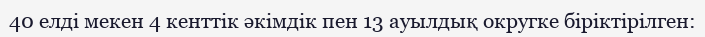
40 елді мекен 4 кенттік әкімдік пен 13 ауылдық округке біріктірілген: